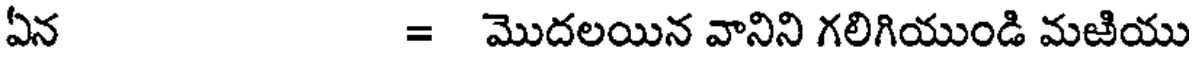
ఏన = మొదలయిన వానిని గలిగియుండి మజియు